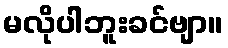
မလိုပါဘူးခင်ဗျာ။